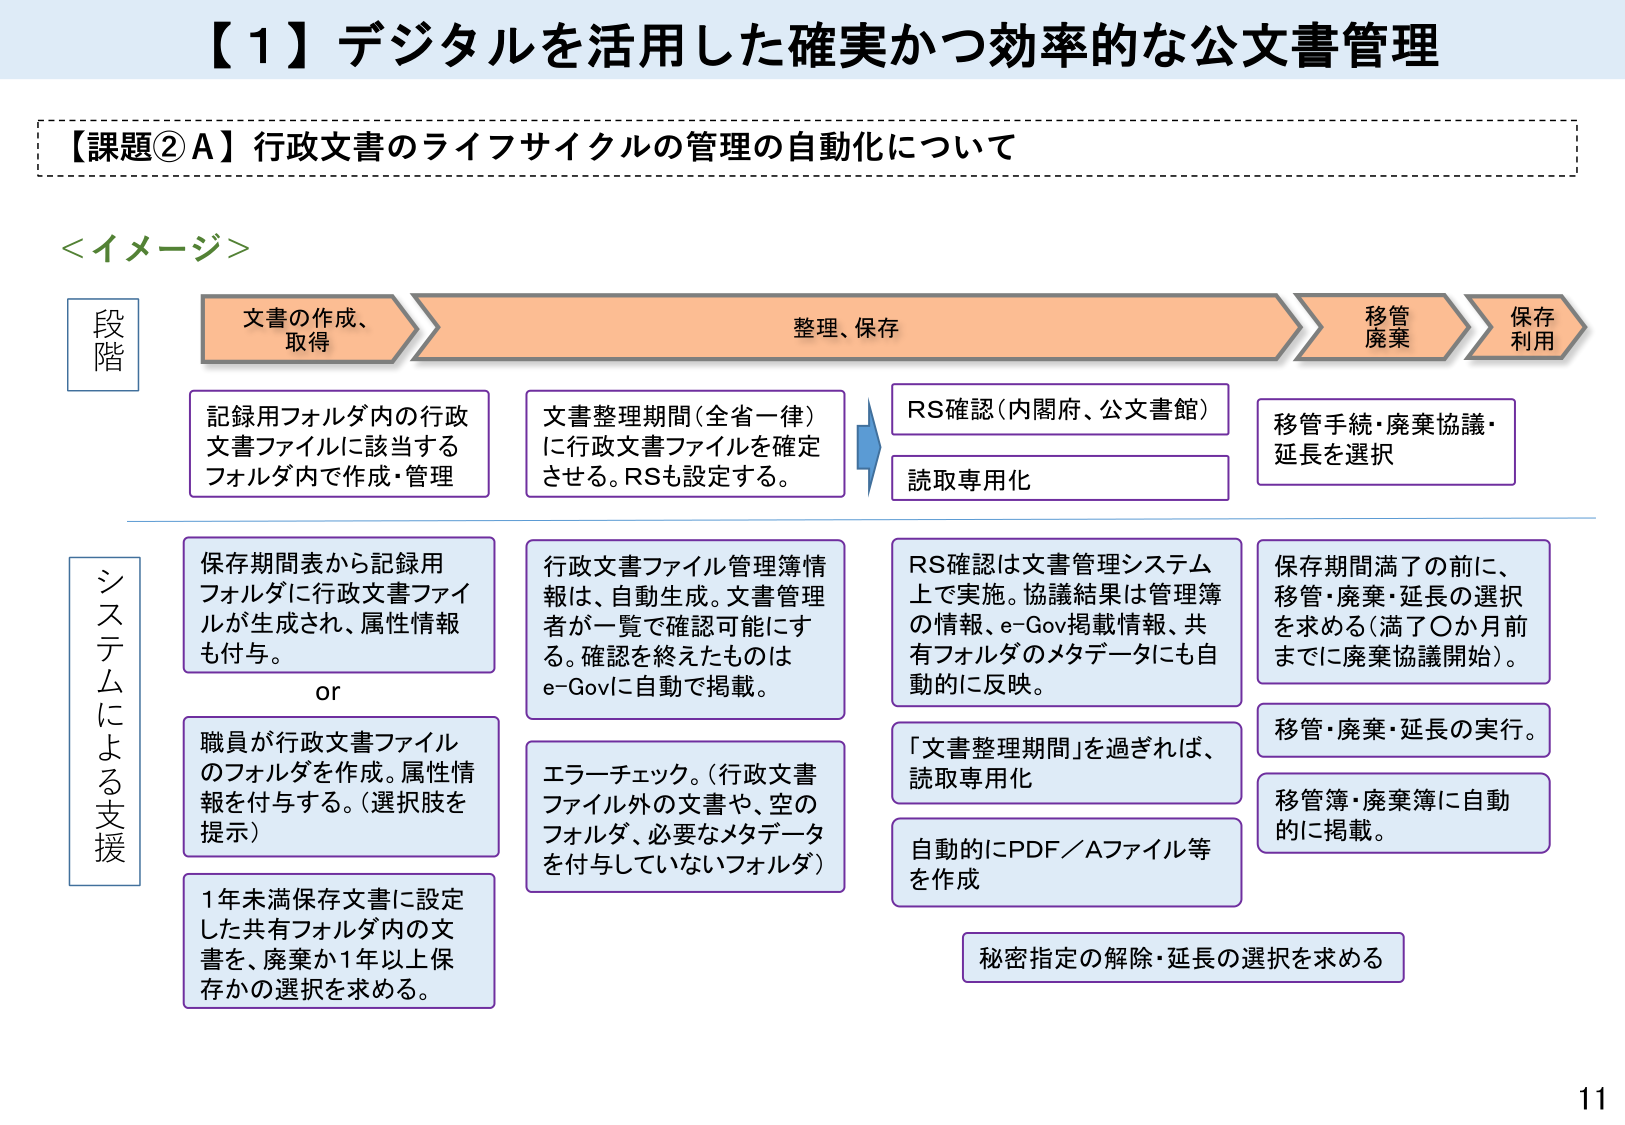
【１】デジタルを活用した確実かつ効率的な公文書管理

【課題②A】行政文書のライフサイクルの管理の自動化について

＜イメージ＞

段階
文書の作成、取得
整理、保存
移管廃棄
保存利用

記録用フォルダ内の行政文書ファイルに該当するフォルダ内で作成・管理

文書整理期間（全省一律）に行政文書ファイルを確定させる。RSも設定する。

RS確認（内閣府、公文書館）
読取専用化

移管手続・廃棄協議・延長を選択

システムによる支援

保存期間表から記録用フォルダに行政文書ファイルが生成され、属性情報も付与。

or

職員が行政文書ファイルのフォルダを作成。属性情報を付与する。（選択肢を提示）

1年未満保存文書に設定した共有フォルダ内の文書を、廃棄か1年以上保存かの選択を求める。

行政文書ファイル管理簿情報は、自動生成。文書管理者が一覧で確認可能にする。確認を終えたものはe-Govに自動で掲載。

エラーチェック。（行政文書ファイル外の文書や、空のフォルダ、必要なメタデータを付与していないフォルダ）

RS確認は文書管理システム上で実施。協議結果は管理簿の情報、e-Gov掲載情報、共有フォルダのメタデータにも自動的に反映。

「文書整理期間」を過ぎれば、読取専用化

自動的にPDF／Aファイル等を作成

保存期間満了の前に、移管・廃棄・延長の選択を求める（満了〇か月前までに廃棄協議開始）。

移管・廃棄・延長の実行。

移管簿・廃棄簿に自動的に掲載。

秘密指定の解除・延長の選択を求める

11